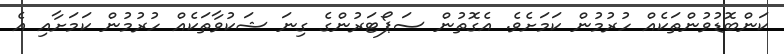
ކަންބޮޑުވުންތަކެއް ހުރުމުން ކަމަށެވެ. އެގޮތުން ސަޕޯޓަރުންގެ ގިނަ ޝަކުވާތަކެއް ހުރުމުން ކަމަށާއި އެ